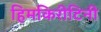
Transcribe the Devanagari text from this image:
हिमकिरीटिनी